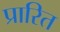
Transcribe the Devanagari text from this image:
प्रारित